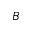
B